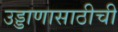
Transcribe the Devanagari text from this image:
उड्डाणासाठीची